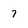
Character: 7